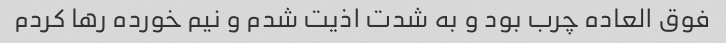
فوق العاده چرب بود و به شدت اذیت شدم و نیم خورده رها کردم